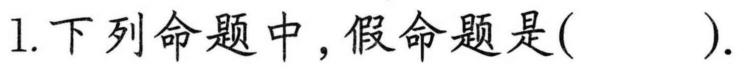
1.下列命题中，假命题是(  ).